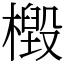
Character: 檓